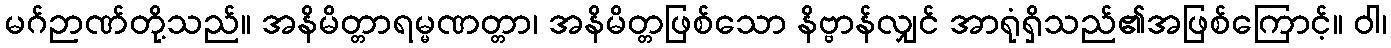
မဂ်ဉာဏ်တို့သည်။ အနိမိတ္တာရမ္မဏတ္တာ၊ အနိမိတ္တဖြစ်သော နိဗ္ဗာန်လျှင် အာရုံရှိသည်၏အဖြစ်ကြောင့်။ ဝါ၊